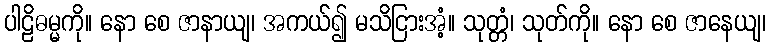
ပါဠိဓမ္မကို။ နော စေ ဇာနာယျ၊ အကယ်၍ မသိငြားအံ့။ သုတ္တံ၊ သုတ်ကို။ နော စေ ဇာနေယျ၊